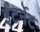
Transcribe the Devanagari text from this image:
ईंटर्नेट